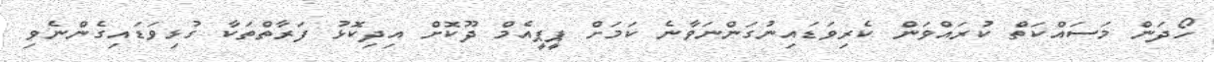
ހޯދަން މަސައްކަތް ކުރައްވަން ކެރިވަޑައިނުގަންނަވާނެ ކަމަށް ޕީޕީއެމް ދޫކޮށް އިދިކޮޅު ފަރާތްތަކާ ގުޅިވަޑައިގެންނެވި